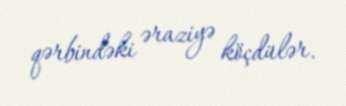
qərbindəki əraziyə köçdülər.